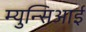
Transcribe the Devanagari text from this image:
म्युन्सिआई